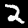
Digit: 2